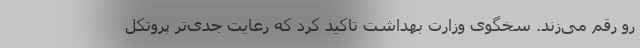
رو رقم می‌زند. سخگوی وزارت بهداشت تاکید کرد که رعایت جدی‌تر پروتکل